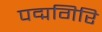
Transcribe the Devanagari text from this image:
पद्मगिरि